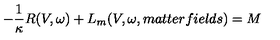
- \frac { 1 } { \kappa } R ( V , \omega ) + L _ { m } ( V , \omega , m a t t e r f i e l d s ) = M